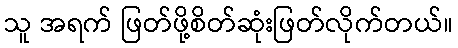
သူ အရက် ဖြတ်ဖို့စိတ်ဆုံးဖြတ်လိုက်တယ်။